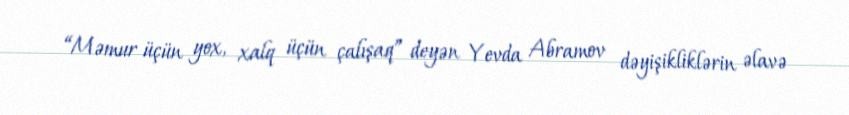
“Məmur üçün yox, xalq üçün çalışaq” deyən Yevda Abramov dəyişikliklərin əlavə